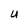
Character: u